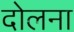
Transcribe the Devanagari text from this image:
दोलना